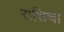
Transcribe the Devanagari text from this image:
राशिचा